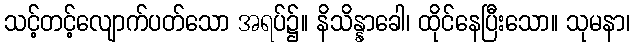
သင့်တင့်လျောက်ပတ်သော အရပ်၌။ နိသိန္နာခေါ၊ ထိုင်နေပြီးသော။ သုမနာ၊